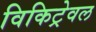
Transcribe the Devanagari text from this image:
विकिट्रेवल